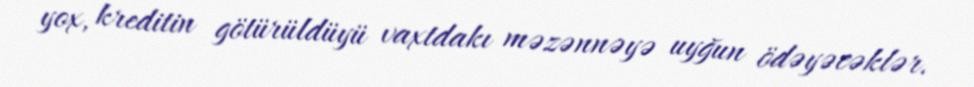
yox, kreditin götürüldüyü vaxtdakı məzənnəyə uyğun ödəyəcəklər.